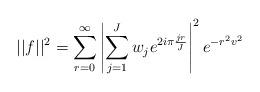
LaTeX: \begin{align*}||f||^2 = \sum_{r=0}^\infty \left|\sum_{j=1}^J w_j e^{2i\pi{jr\over J}} \right|^2 e^{-r^2v^2}\end{align*}